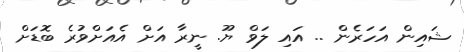
ޝައިން އަހަރެން .. އައި ލަވް ޔޫ. ނީރާ އަށް އެއަށްވުރެ ބޮޑަށް